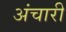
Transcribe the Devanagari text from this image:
अंचारी